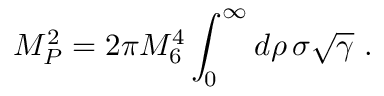
M _ { P } ^ { 2 } = 2 \pi M _ { 6 } ^ { 4 } \int _ { 0 } ^ { \infty } d \rho \, \sigma \sqrt \gamma \ .